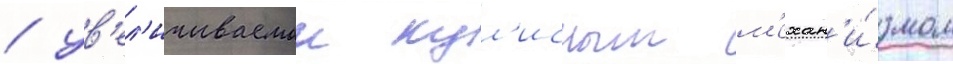
/ ув'ел'ичиваемои кул'исным м'ехан'и́змом